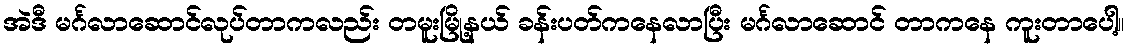
အဲဒီ မင်္ဂလာဆောင်လုပ်တာကလည်း တမူးမြို့နယ် ခန်းပတ်ကနေလာပြီး မင်္ဂလာဆောင် တာကနေ ကူးတာပေါ့။